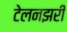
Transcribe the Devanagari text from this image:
टेलनझरी